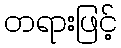
တရားဖြင့်